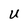
Character: U